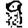
Digit: 9